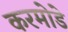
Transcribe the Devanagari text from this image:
करमोडे